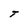
Character: T